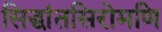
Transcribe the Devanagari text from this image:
सिद्धांतसिरोमणि